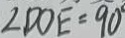
\angle D O E = 9 0 ^ { \circ }